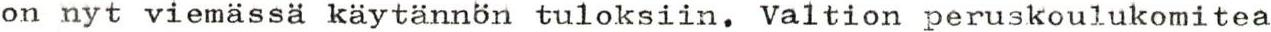
on nyt viemässä käytännön tuloksiin, Valtion peruskoulukomitea